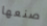
صنعها